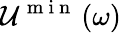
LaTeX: \mathcal{U}^{\mathrm{~m~i~n~}}\left(\omega\right)